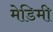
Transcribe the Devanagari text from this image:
मेडिमी